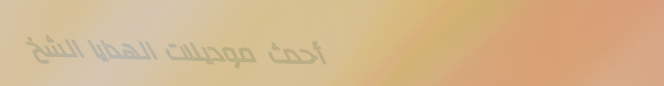
أحدث موديلات الهدايا الشخ